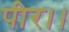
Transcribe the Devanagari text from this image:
पीर।।